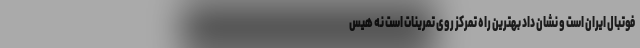
فوتبال ایران است و نشان داد بهترین راه تمرکز روی تمرینات است نه هیس